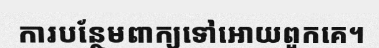
ការបន្ថែមពាក្យទៅអោយពួកគេ។